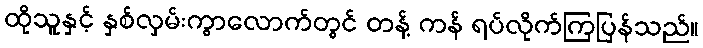
ထိုသူနှင့် နှစ်လှမ်းကွာလောက်တွင် တန့် ကန် ရပ်လိုက်ကြပြန်သည်။